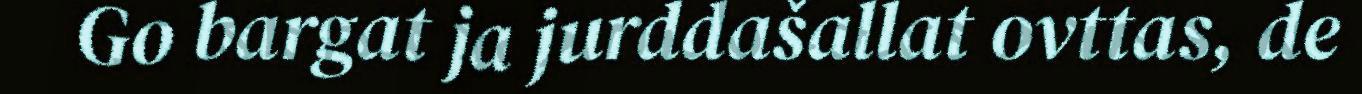
Go bargat ja jurddašallat ovttas, de